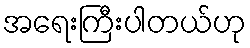
အရေးကြီးပါတယ်ဟု